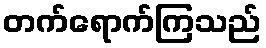
တက်ရောက်ကြသည်